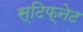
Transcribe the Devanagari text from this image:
स्टिफ्नेट